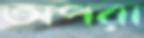
অপরা